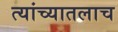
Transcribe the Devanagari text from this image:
त्यांच्यातलाच